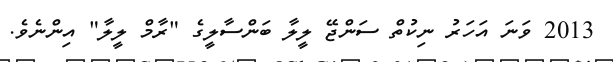
2013 ވަނަ އަހަރު ނިކުތް ސަންޖޭ ލީލާ ބަންސާލީގެ "ރާމް ލީލާ" އިންނެވެ.